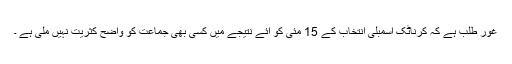
غور طلب ہے کہ کرناٹک اسمبلی انتخاب کے 15 مئی کو آئے نتیجے میں کسی بھی جماعت کو واضح کثریت نہیں ملی ہے ۔